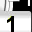
Digit: 1